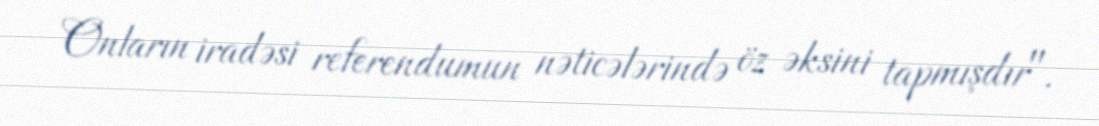
Onların iradəsi referendumun nəticələrində öz əksini tapmışdır".